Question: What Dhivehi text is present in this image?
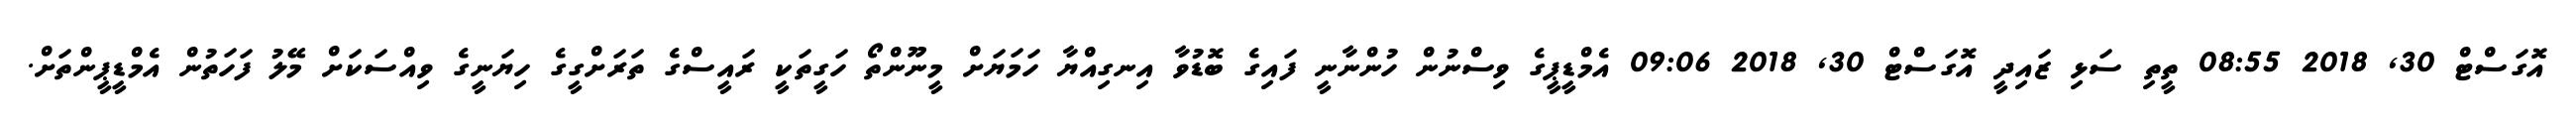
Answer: އޮގަސްޓް 30, 2018 08:55 ތީތި ސަޅި ޒައިދީ އޮގަސްޓް 30, 2018 09:06 އެމްޑީޕީގެ ވިސްނުން ހުންނާނީ ފައިގެ ބޮޑުވާ އިނގިއްޔާ ހަމަޔަށް މީނޫންތޯ ހަގީތަކީ ރައީސްގެ ތަރަށްގީގެ ހިޔަނީގެ ވިއްސަކަށް މޭލު ފަހަތުން އެމްޑީޕީންތަށް.